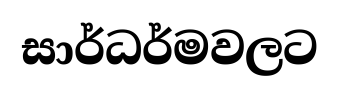
සාර්ධර්මවලට